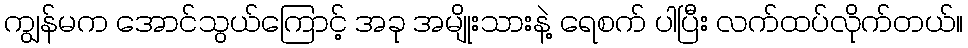
ကျွန်မက အောင်သွယ်ကြောင့် အခု အမျိုးသားနဲ့ ရေစက် ပါပြီး လက်ထပ်လိုက်တယ်။